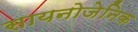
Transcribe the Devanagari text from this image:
सायनोजेनिक